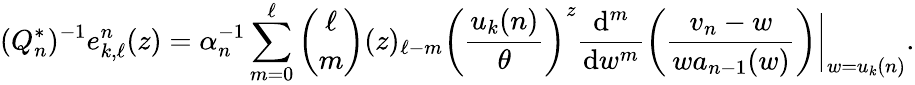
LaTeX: (Q_{n}^{*})^{-1}e_{k,\ell}^{n}(z)=\alpha_{n}^{-1}\sum_{m=0}^{\ell}{\binom{\ell}{m}}(z)_{\ell-m}\left(\frac{u_{k}(n)}{\theta}\right)^{z}\frac{\mathrm{d}^{m}}{\mathrm{d}w^{m}}\left(\frac{v_{n}-w}{wa_{n-1}(w)}\right)\bigg|_{w=u_{k}(n)}.